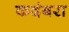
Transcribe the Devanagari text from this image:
कदंबरा